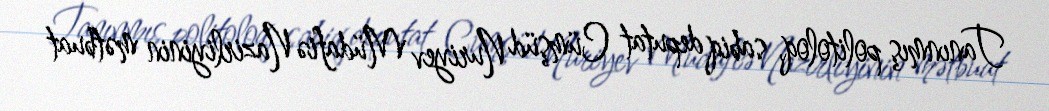
Tanınmış politoloq, sabiq deputat Cümşüd Nuriyev Müdafiə Nazirliyinin mətbuat